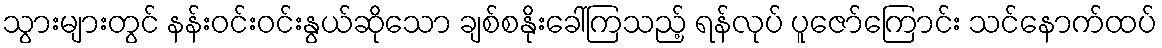
သွားများတွင် နန်းဝင်းဝင်းနွယ်ဆိုသော ချစ်စနိုးခေါ်ကြသည့် ရန်လုပ် ပူဇော်ကြောင်း သင်နောက်ထပ်